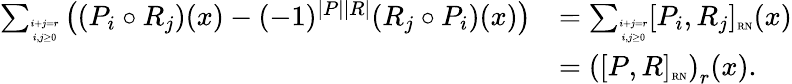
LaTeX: \begin{array}{rl}{\sum_{\tiny{\begin{array}{c}{i+j=r}\\ {i,j\geq 0}\end{array}}}\left((P_{i}\circ R_{j})(x)-(-1)^{|P||R|}(R_{j}\circ P_{i})(x)\right)}&{=\sum_{\tiny{\begin{array}{c}{i+j=r}\\ {i,j\geq 0}\end{array}}}[P_{i},R_{j}]_{\tiny{{\mathrm{RN}}}}(x)}\\ &{=\left([P,R]_{\tiny{{\mathrm{RN}}}}\right)_{r}(x).}\end{array}